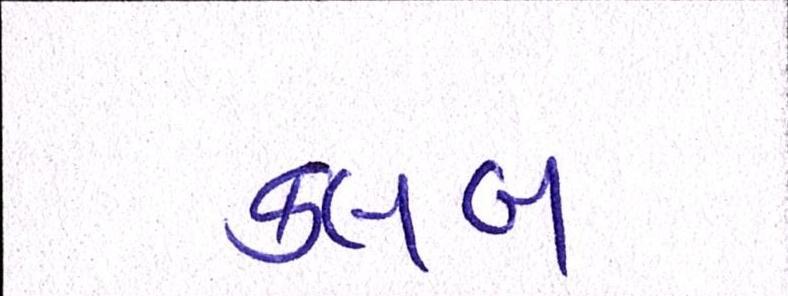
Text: ક્લબ